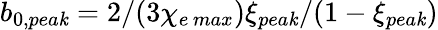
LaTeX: b_{0,pea\mathit{k}}=2/(3\chi_{e\, max})\xi_{pea\mathit{k}}/(1-\xi_{pea\mathit{k}})